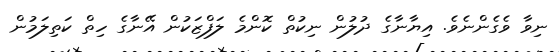
ނިވާ ވެގެންނެވެ. އިޔާނާގެ ދުލުން ނިކުތް ކޮންމެ ލަފްޒަކުން އޭނާގެ ހިތް ކަތިލަމުން